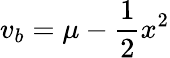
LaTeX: v_{b}=\mu-{\frac{1}{2}}x^{2}